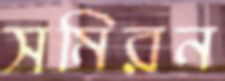
সমিরন